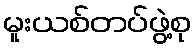
မူးယစ်တပ်ဖွဲ့စု